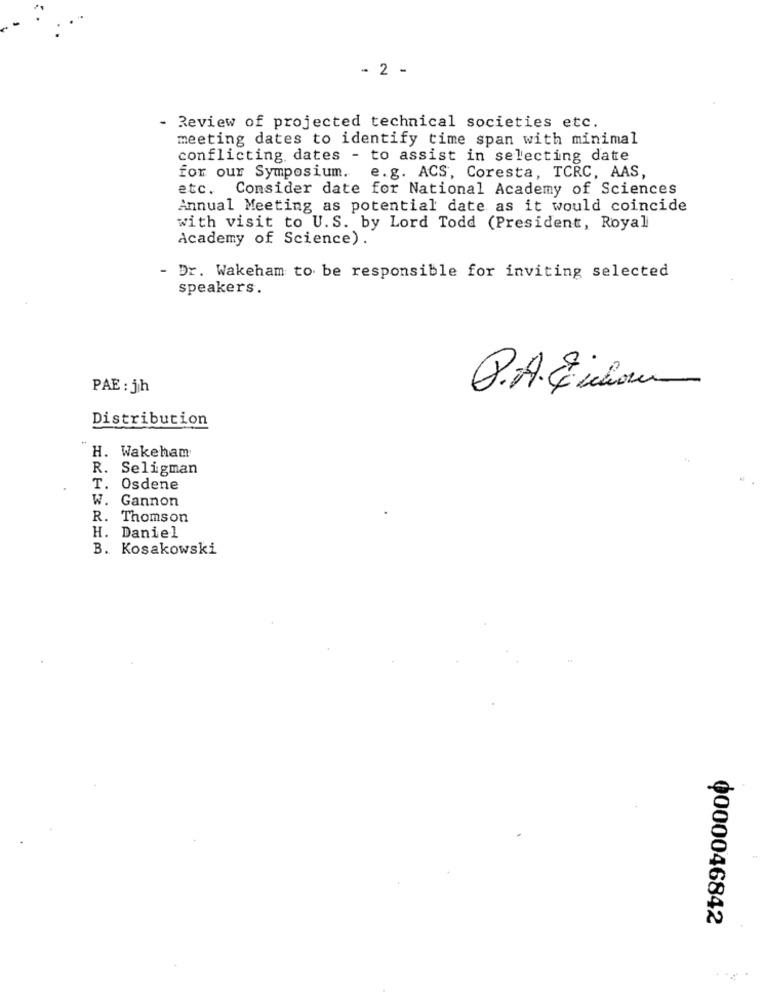
- 2 -
- Review of projected technical societies etc.
meeting dates to identify time span with minimal
conflicting dates - to assist in selecting date
for our Symposium. e.g. ACS, Coresta, TCRC, AAS,
etc. Consider date for National Academy of Sciences
Annual Meeting as potential date as it would coincide
with visit to U.S. by Lord Todd (President, Royal
Academy of Science).
- Dr. Wakeham to be responsible for inviting selected
speakers.
PAE : j/h
P.A. Eichow
Distribution
H. Wakeham
R. Seligman
T. Osdene
W. Gannon
R. Thomson
H. Daniel
B. Kosakowski
¢000046842